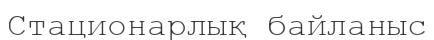
Стационарлық байланыс